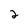
Character: 2